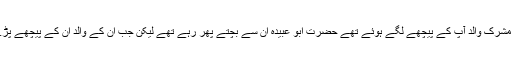
ابن اثیر کی روایت ہےکہ غزوہ بدر کے دن حضرت ابو عبیدہ بن جراح رضی اللہ عنہ کے مشرک والد آپ کے پیچھے لگے ہوئے تھے حضرت ابو عبیدہ ان سے بچتے پھر رہے تھے لیکن جب ان کے والد ان کے پیچھے پڑے رہے تو حضرت ابو عبیدہ رضی اللہ عنہ نے [ اللہ کی رضا کے لیے ] انہیں قتل کر دیا ۔